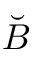
\breve { B }